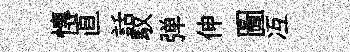
慱直話馭弹伸圖冱